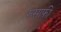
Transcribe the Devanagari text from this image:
रुसाफी